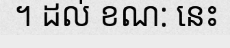
។ ដល់ ខណ: នេះ